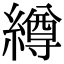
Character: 繜